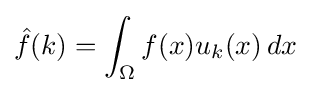
{\hat {f}}(k)=\int _{\Omega }f(x)u_{k}(x)\,dx